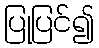
ပြုပြင်၍